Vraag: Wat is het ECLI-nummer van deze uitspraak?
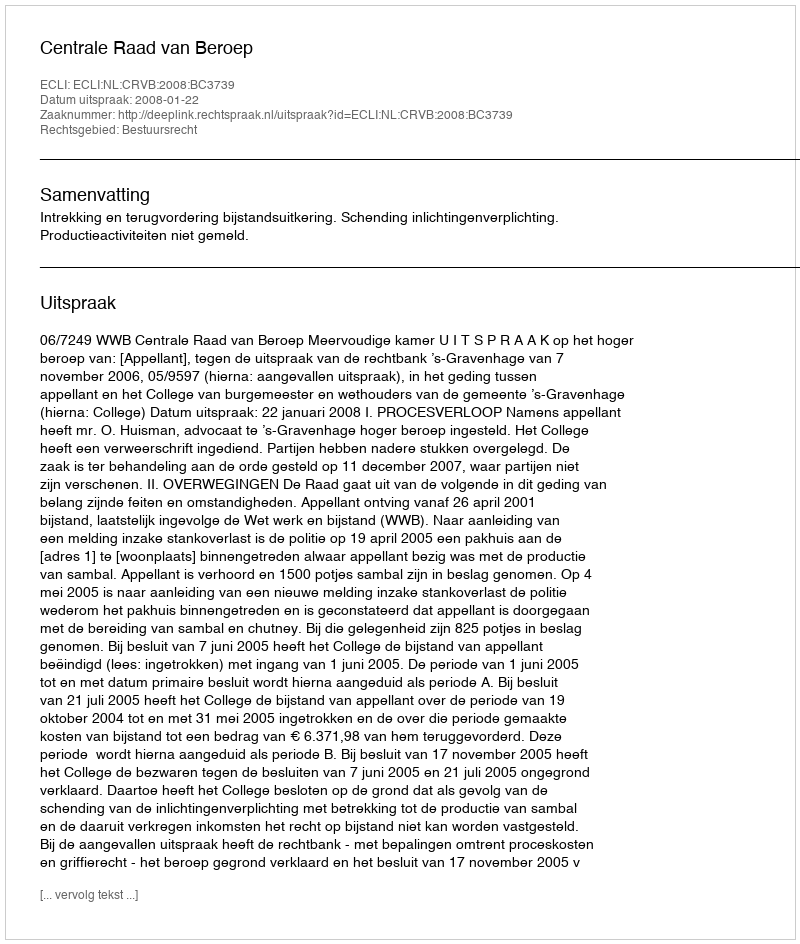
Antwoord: ECLI:NL:CRVB:2008:BC3739